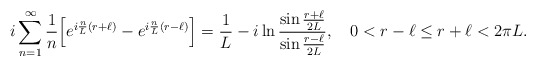
\begin{align*}i\sum_{n=1}^\infty {1\over n}\Bigl[e^{i{n\over L}(r+\ell)}- e^{i{n\over L}(r-\ell)}\Bigr]={1\over L}-i\ln{\sin{r+\ell\over 2L}\over \sin{r-\ell\over 2L}},\quad0<r-\ell\le r+\ell<2\pi L.\end{align*}